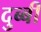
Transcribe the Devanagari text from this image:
दुब्बी